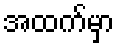
အထက်မှာ